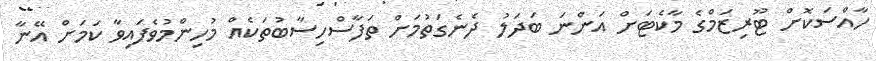
ހާއްސަކޮށް ޓޫރިޒަމްގެ މާކެޓަށް އަންނަ ބަދަލު ދެނެގަތުމަށް ތަފާސްހިސާބުތަކެއް މުހިންމުވެފައިވާ ކަމަށް އޭނާ